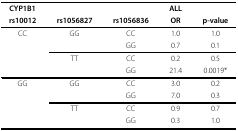
<table><thead><tr><td><b>CYP1B1</b></td><td></td><td></td><td><b>ALL</b></td><td></td></tr><tr><td><b>rs10012</b></td><td><b>rs1056827</b></td><td><b>rs1056836</b></td><td><b>OR</b></td><td><b>p-value</b></td></tr></thead><tbody><tr><td>CC</td><td>GG</td><td>CC</td><td>1.0</td><td>1.0</td></tr><tr><td></td><td></td><td>GG</td><td>0.7</td><td>0.1</td></tr><tr><td></td><td>TT</td><td>CC</td><td>0.2</td><td>0.5</td></tr><tr><td></td><td></td><td>GG</td><td>21.4</td><td>0.0019*</td></tr><tr><td>GG</td><td>GG</td><td>CC</td><td>3.0</td><td>0.2</td></tr><tr><td></td><td></td><td>GG</td><td>7.0</td><td>0.3</td></tr><tr><td></td><td>TT</td><td>CC</td><td>0.9</td><td>0.7</td></tr><tr><td></td><td></td><td>GG</td><td>0.3</td><td>1.0</td></tr></tbody></table>